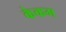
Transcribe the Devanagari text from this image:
केकम